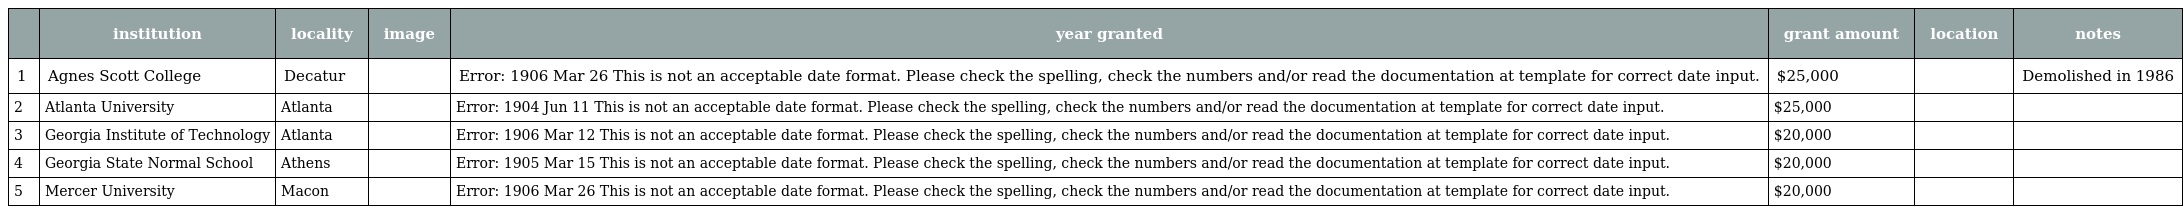
|  | institution | locality | image | year granted | grant amount | location | notes |
 | --- | --- | --- | --- | --- | --- | --- | --- |
 | 1 | Agnes Scott College | Decatur |  | Error: 1906 Mar 26 This is not an acceptable date format. Please check the spelling, check the numbers and/or read the documentation at template for correct date input. | $25,000 |  | Demolished in 1986 |
 | 2 | Atlanta University | Atlanta |  | Error: 1904 Jun 11 This is not an acceptable date format. Please check the spelling, check the numbers and/or read the documentation at template for correct date input. | $25,000 |  |  |
 | 3 | Georgia Institute of Technology | Atlanta |  | Error: 1906 Mar 12 This is not an acceptable date format. Please check the spelling, check the numbers and/or read the documentation at template for correct date input. | $20,000 |  |  |
 | 4 | Georgia State Normal School | Athens |  | Error: 1905 Mar 15 This is not an acceptable date format. Please check the spelling, check the numbers and/or read the documentation at template for correct date input. | $20,000 |  |  |
 | 5 | Mercer University | Macon |  | Error: 1906 Mar 26 This is not an acceptable date format. Please check the spelling, check the numbers and/or read the documentation at template for correct date input. | $20,000 |  |  |